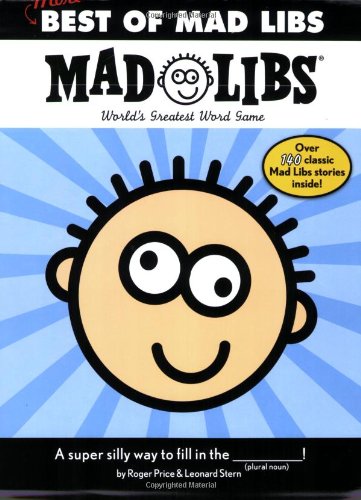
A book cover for More Best of Mad Libs; Roger Price; Children's Books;